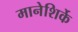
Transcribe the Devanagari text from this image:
मानेशिर्के